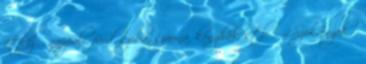
étkező, nappali, fürdőszoba, szauna, konyhák stb .; 4.Szekrények